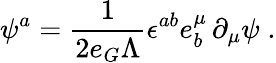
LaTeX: \psi^{a}=\frac{1}{2e_{G}\Lambda}\epsilon^{ab}e_{b}^{\mu}\, \partial_{\mu}\psi\; .